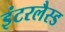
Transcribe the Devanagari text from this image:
इंटरलैस्ड